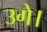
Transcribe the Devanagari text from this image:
उगे।